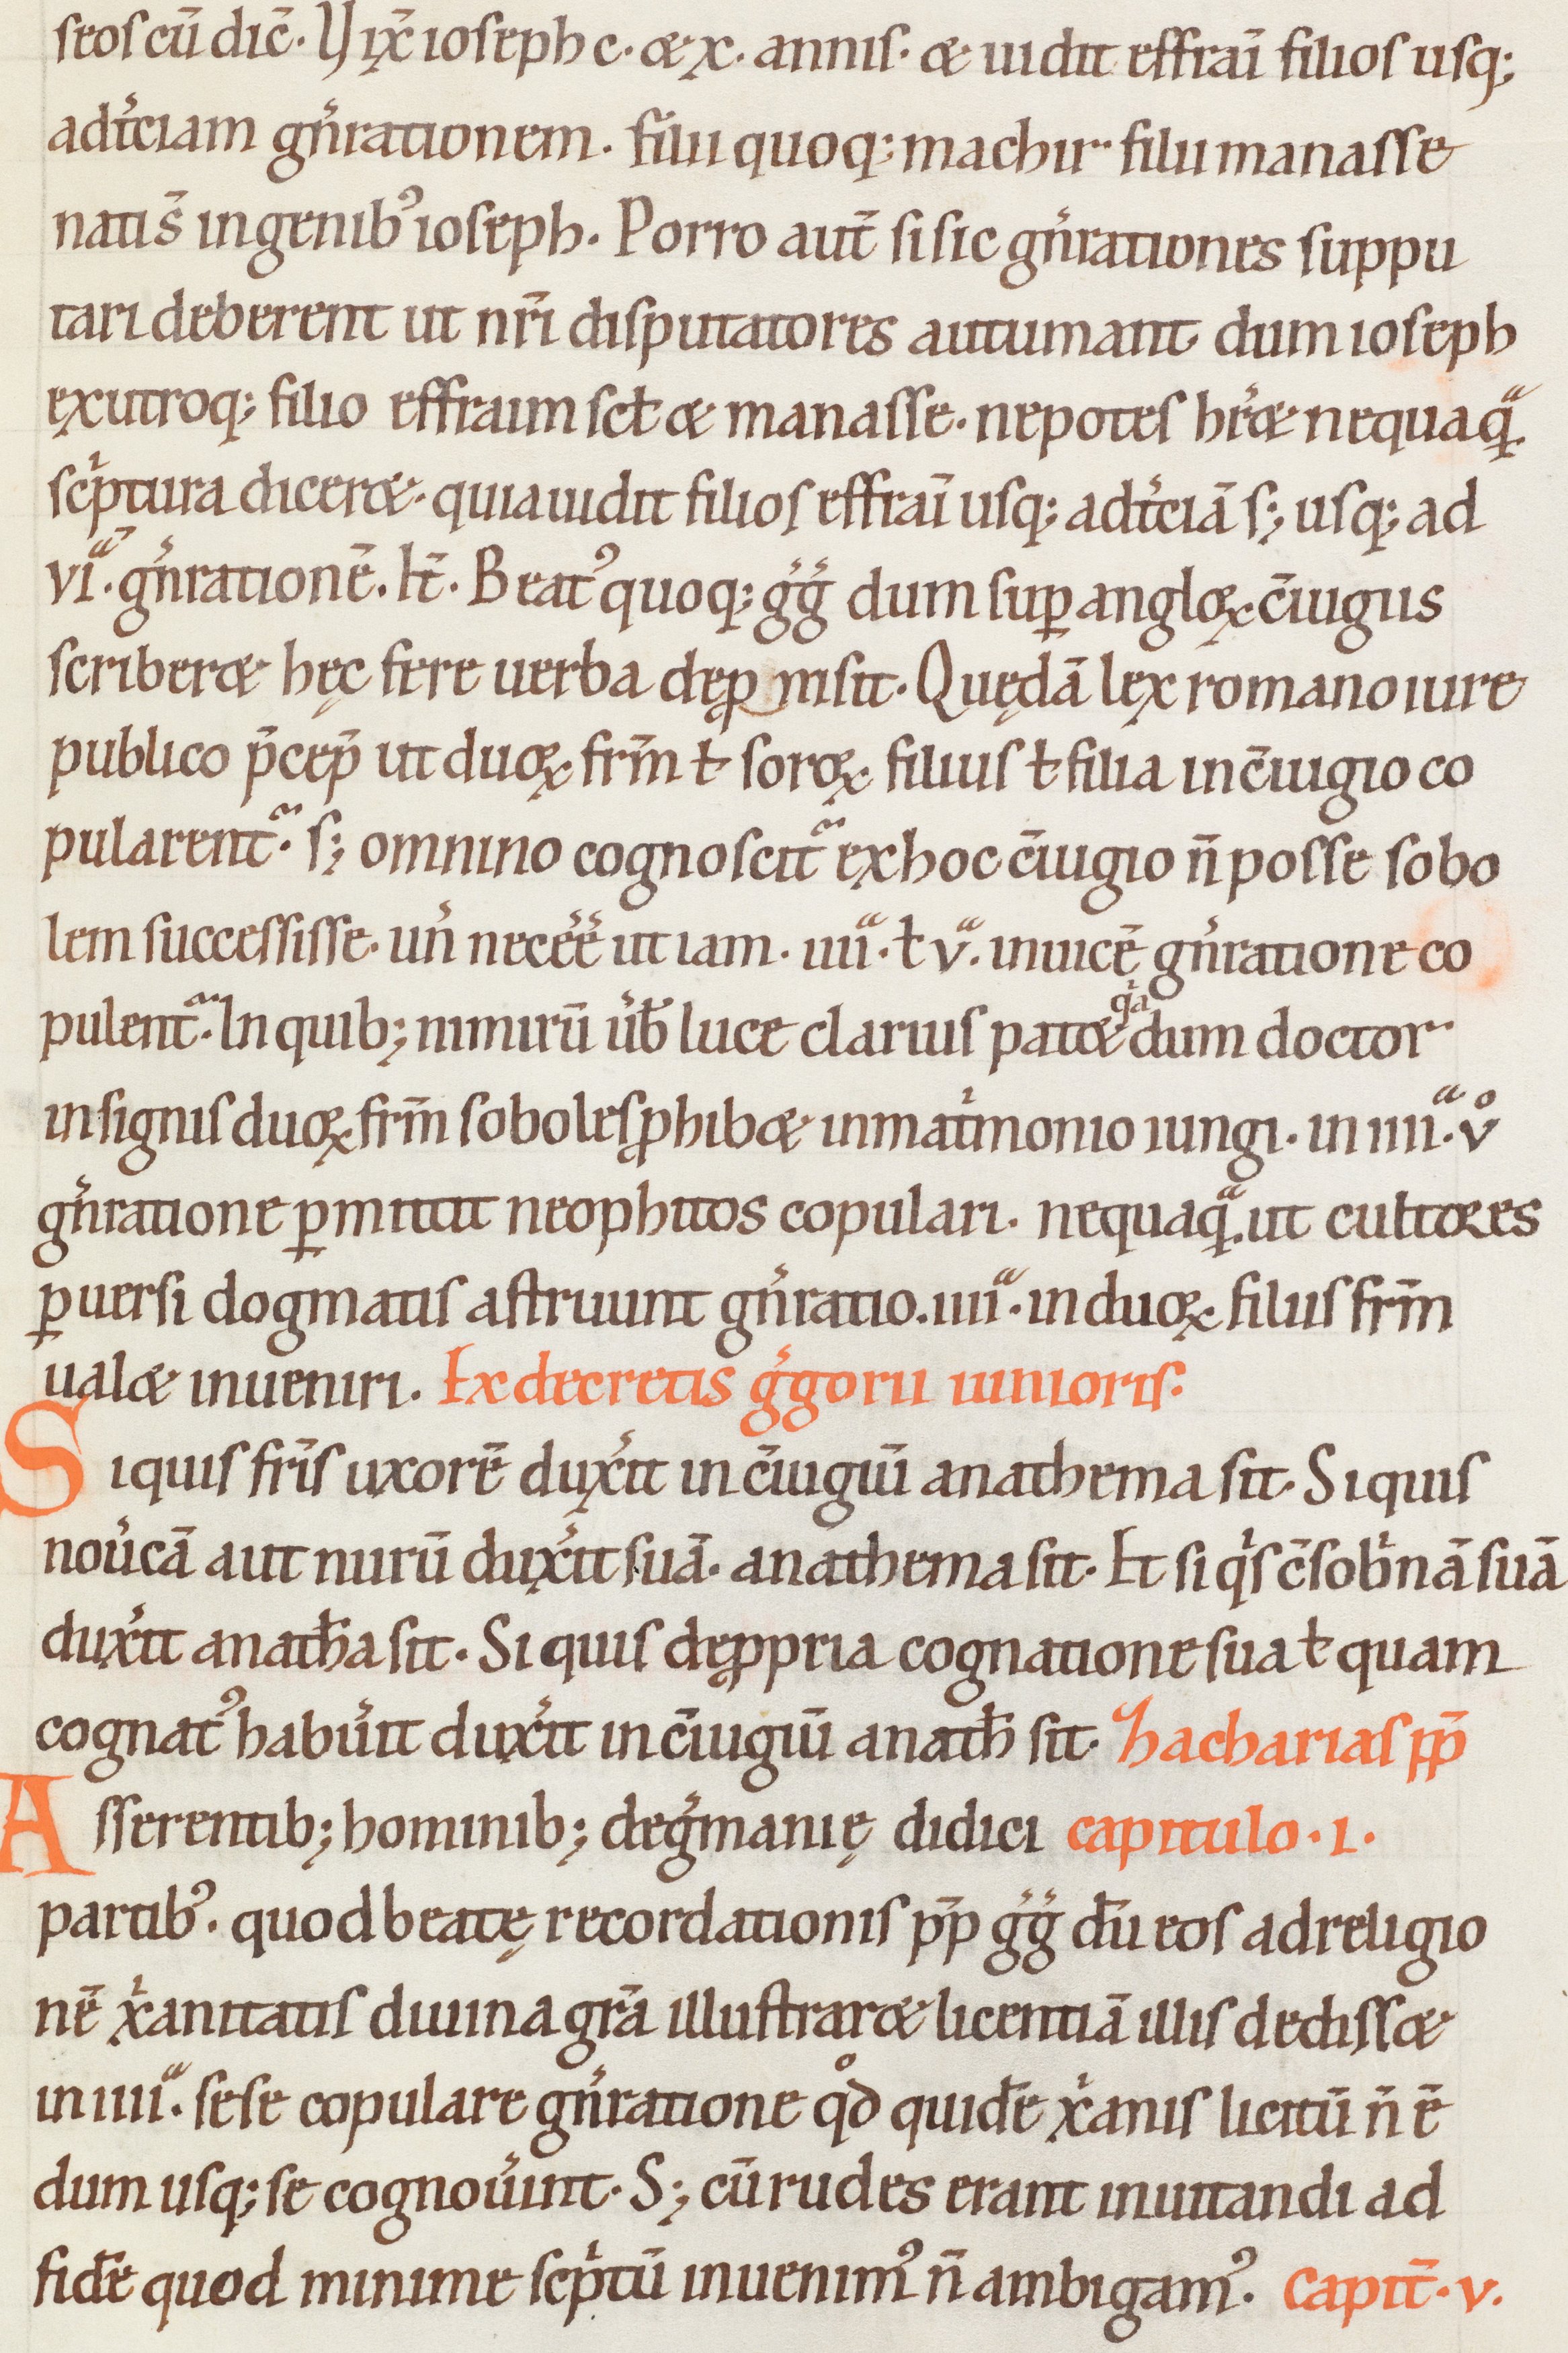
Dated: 1100–1199